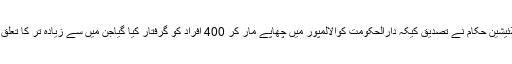
غیر ملکی خبر ایجنسی کے مطابق ملائیشین حکام نے تصدیق کیکہ دارالحکومت کوالالمپور میں چھاپے مار کر 400 افراد کو گرفتار کیا گیاجن میں سے زیادہ تر کا تعلق پاکستان، بنگلا دیش اور بھارت سے ۔